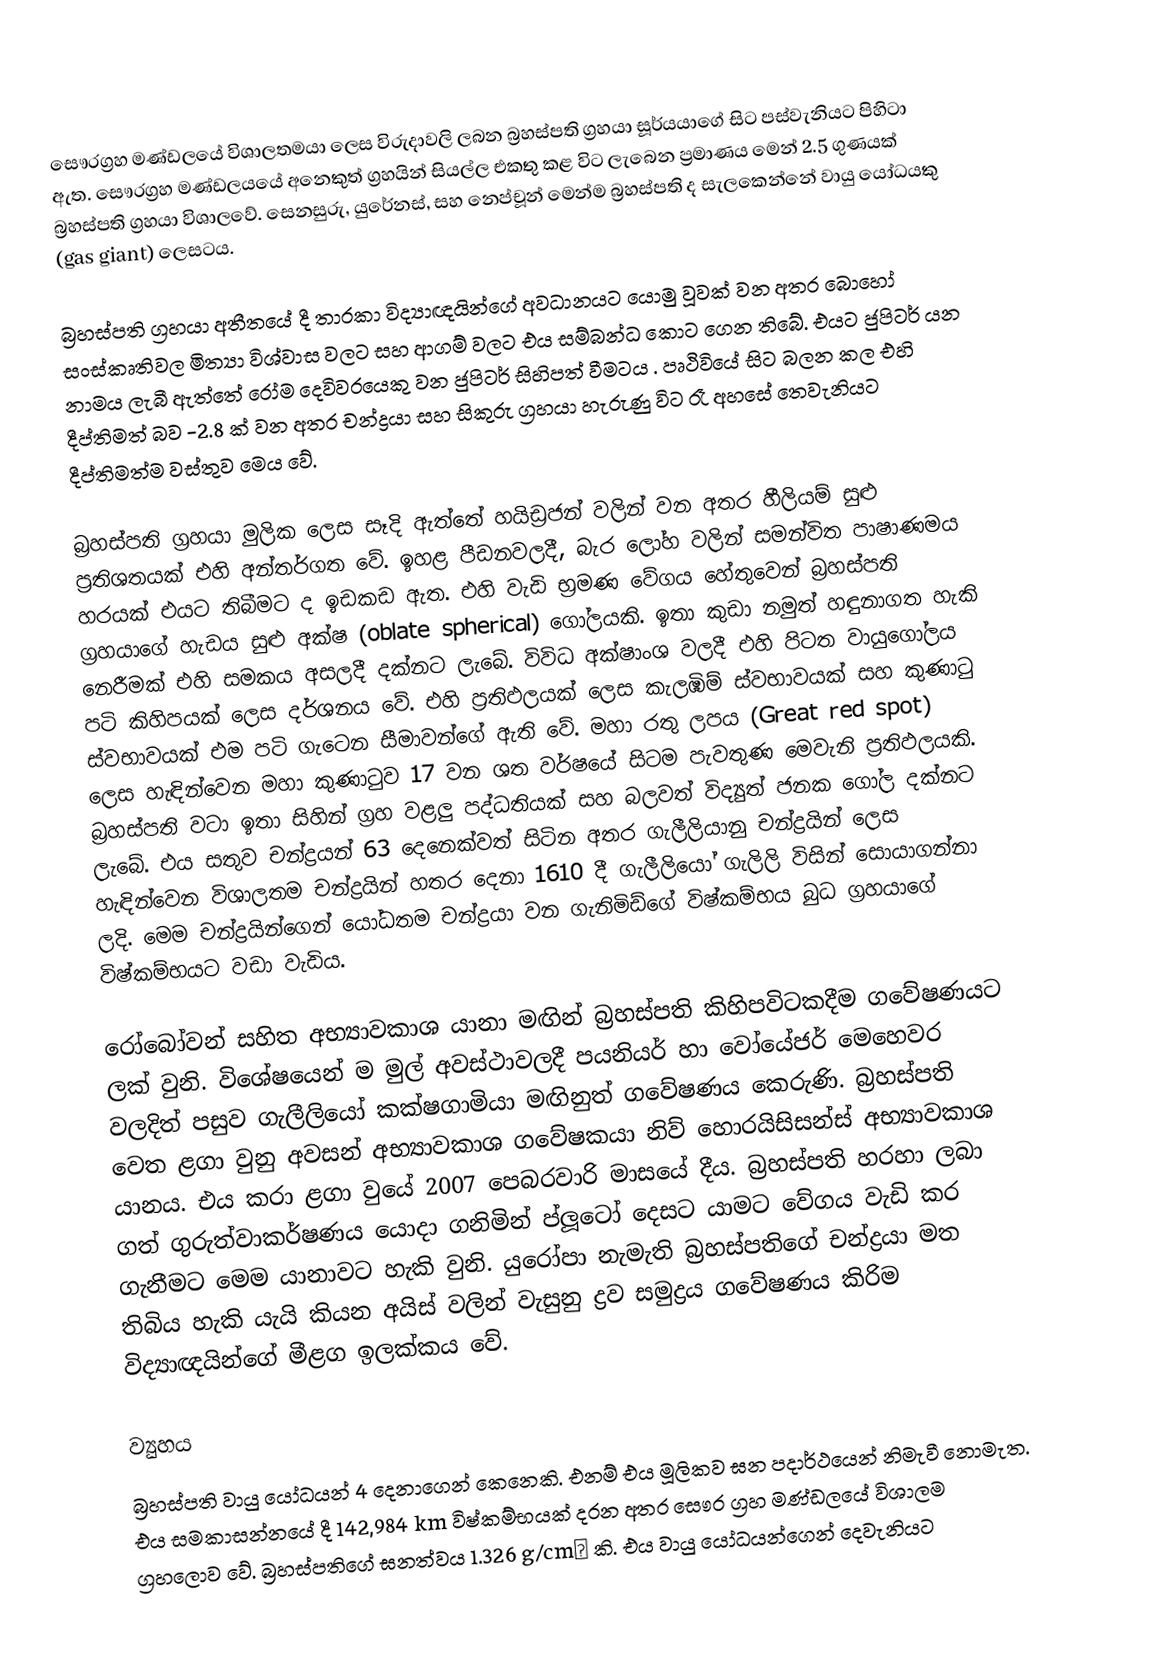
සෞරග්‍රහ මණ්ඩලයේ විශාලතමයා ලෙස විරුදාවලි ලබන බ්‍රහස්පති ග්‍රහයා සූර්යයාගේ සිට පස්වැනියට පිහිටා ඇත. සෞරග්‍රහ මණ්ඩලයයේ අනෙකුත් ග්‍රහයින් සියල්ල එකතු කළ විට ලැබෙන ප්‍රමාණය මෙන් 2.5 ගුණයක් බ්‍රහස්පති ග්‍රහයා විශාලවේ. සෙනසුරු, යුරේනස්, සහ නෙප්චූන් මෙන්ම බ්‍රහස්පති ද සැලකෙන්නේ වායු යෝධයකු (gas giant) ලෙසටය.

බ්‍රහස්පති ග්‍රහයා අතීත‍යේ දී තාරකා විද්‍යාඥයින්ගේ අවධානයට යොමු වූවක් වන අතර බොහෝ සංස්කෘතිවල මිත්‍යා විශ්වාස වලට සහ ආගම් වලට එය සම්බන්ධ කොට ගෙන තිබේ. එයට ජුපිටර් යන නාමය ලැබී ඇත්තේ රෝම දෙවිවරයෙකු වන ජුපිටර් සිහිපත් වීමටය . පෘථිවියේ සිට බලන කල එහි දීප්තිමත් බව -2.8 ක් වන අතර චන්ද්‍රයා සහ සිකුරු ග්‍රහයා හැරුණු විට රෑ අහසේ තෙවැනියට දීප්තිමත්ම වස්තුව මෙය වේ.

බ්‍රහස්පති ග්‍රහයා මුලික ලෙස සෑදි ඇත්තේ හයිඩ්‍රජන් වලින් වන අතර හීලියම් සුළු ප්‍රතිශතයක් එහි අන්තර්ගත වේ. ඉහළ පීඩනවලදී, බැර ‍ලෝහ වලින් සමන්විත පාෂාණමය හරයක් එයට තිබීමට ද ඉඩකඩ ඇත. එහි වැඩි භ්‍රමණ වේගය හේතුවෙන් බ්‍රහස්පති ග්‍රහයාගේ හැඩය සුළු අක්ෂ (oblate spherical) ගෝලයකි. ඉතා කුඩා නමුත් හඳුනාගත හැකි නෙරීමක් එහි සමකය අසලදී දක්නට ලැබේ. විවිධ අක්ෂාංශ වලදී එහි පිටත වායුගෝලය පටි කිහිපයක් ලෙස දර්ශනය වේ. එහි ප්‍රතිඵලයක් ලෙස කැලඹිම් ස්වභාවයක් සහ කුණාටු ස්වභාවයක් එම පටි ගැටෙන සීමාවන්ගේ ඇති වේ. මහා රතු ලපය (Great red spot) ලෙස හැඳින්වෙන මහා කුණාටුව 17 වන ශත වර්ෂයේ සිටම පැවතුණ මෙවැනි ප්‍රතිඵලයකි. බ්‍රහස්පති වටා ඉතා සිහින් ග්‍රහ වළලු පද්ධතියක් සහ බලවත් විද්‍යුත් ජනක ගෝල දක්නට ලැබේ. එය සතුව චන්ද්‍රයන් 63 දෙනෙක්වත් සිටින අතර ගැලීලියානු චන්ද්‍රයින් ලෙස හැඳින්වෙන විශාලතම චන්ද්‍රයින් හතර දෙනා 1610 දී ගැලීලියෝ ගැලිලි විසින් සොයාගන්නා ලදි. මෙම චන්ද්‍රයින්ගෙන් යෝධතම චන්ද්‍රයා වන ගැනිමිඩ්ගේ විෂ්කම්භය බුධ ග්‍රහයාගේ විෂ්කම්භයට වඩා වැඩිය.

රෝබෝවන් සහිත අභ්‍යාවකාශ යානා මඟින් බ්‍රහස්පති කිහිපවිටකදීම ගවේෂණයට ලක් වුනි. විශේෂයෙන් ම මුල් අවස්ථාවලදී පයනියර් හා වෝයේජර් මෙහෙවර වලදිත් පසුව ගැලීලියෝ කක්ෂගාමියා මඟිනුත් ගවේෂණය කෙරුණි. බ්‍රහස්පති වෙත ළගා වුනු අවසන් අභ්‍යාවකාශ ගවේෂකයා නිව් ‍හොරයිසිසන්ස් අභ්‍යාවකාශ යානය. එය කරා ළගා වුයේ 2007 පෙබරවාරි මාසයේ දීය. බ්‍රහස්පති හරහා ලබා ගත් ගුරුත්වාකර්ෂණය යොදා ගනිමින් ප්ලූටෝ දෙසට යාමට ‍වේගය වැඩි කර ගැනීමට මෙම ‍යානාවට හැකි වුනි. යුරෝපා නැමැති බ්‍රහස්පතිගේ චන්ද්‍රයා මත තිබිය හැකි යැයි කියන අයිස් වලින් වැසුනු ද්‍රව සමුද්‍රය ගවේෂණය කිරිම විද්‍යාඥයින්ගේ මීළග ඉලක්කය වේ.

ව්‍යුහය
බ්‍රහස්පති වායු යෝධයන් 4 දෙ‍නාගෙන් කෙනෙකි. එනම් එය මූලිකව ඝන පදාර්ථයෙන් නිමැවී නොමැත. එය සමකාසන්නයේ දී 142,984 km විෂ්කම්භයක් දරන අතර සෞර ග්‍රහ මණ්ඩලයේ විශාලම ග්‍රහලොව වේ. බ්‍රහස්පතිගේ ඝනත්වය 1.326 g/cm³ කි. එය වායු යෝධයන්ගෙන් දෙවැනියට